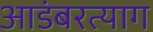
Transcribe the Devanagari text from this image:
आडंबरत्याग